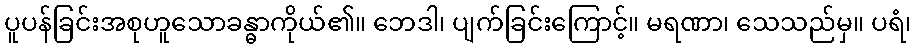
ပူပန်ခြင်းအစုဟူသောခန္ဓာကိုယ်၏။ ဘေဒါ၊ ပျက်ခြင်းကြောင့်။ မရဏာ၊ သေသည်မှ။ ပရံ၊